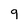
Character: 9